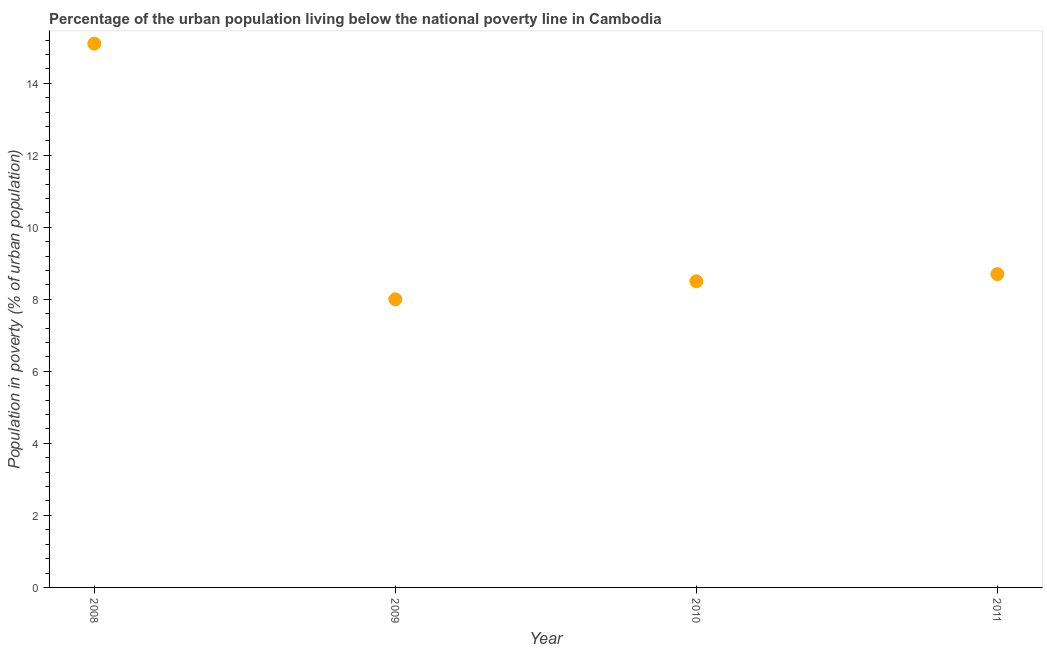
| Year | Urban poverty headcount ratio |
 | --- | --- |
 | 2008 | 15.1 |
 | 2009 | 8 |
 | 2010 | 8.5 |
 | 2011 | 8.7 |